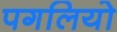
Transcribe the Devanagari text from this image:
पगलियो